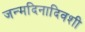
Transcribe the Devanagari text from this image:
जन्मदिनादिवशी